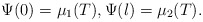
\begin{align*} \Psi(0) = \mu_{1}(T), \Psi(l) = \mu_{2}(T). \end{align*}